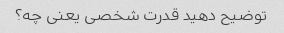
توضیح دهید قدرت شخصی یعنی چه؟